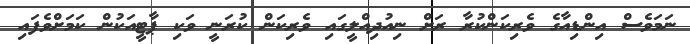
ނަމަވެސް އިންޑިއާގެ ވެރިކަންކުރާ ރަށް ނިއުދިއްލީގައި ވެރިކަން ކުރަނީ ވަކި ޕާޓީއަކުން ކަމަށްވެފައި